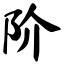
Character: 阶